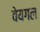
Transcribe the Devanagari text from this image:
वेयगल